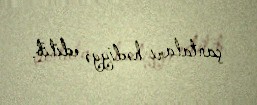
çantaları hədiyyə edilib.